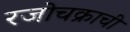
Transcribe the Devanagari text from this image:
रजोचक्राची